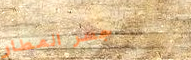
جسر المطار